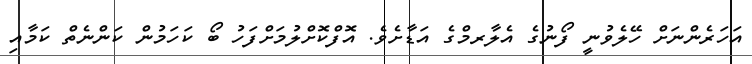
އަހަރެންނަށް ހޭލެވުނީ ފޯނުގެ އެލާރމްގެ އަޑާށެވެ. އޮފްކޮށްލުމަށްފަހު ބޯ ކަހަމުން ކަންނެތް ކަމާއި